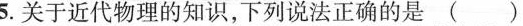
15.关于近代物理的知识，下列说法正确的是()